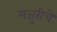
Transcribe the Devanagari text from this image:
मजुरीचे